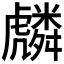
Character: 𮓯